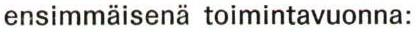
ensimmäisenä toimintavuonna: